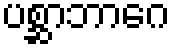
ပစ္ဆာဘာဂေ